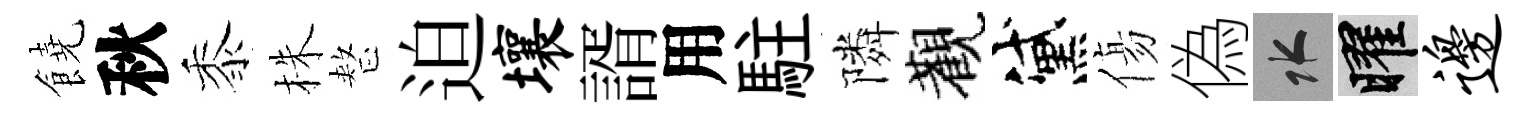
饒秋黍株整迫壤諝用駐隣觀黛傷偽水曜边